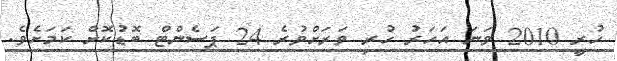
ހުރީ 2010 ވަނަ އަހަރު ހުރި ވަރަށްވުރެ 24 ޕަސެންޓް ބޮޑުކޮށް ކަމަށެވެ.